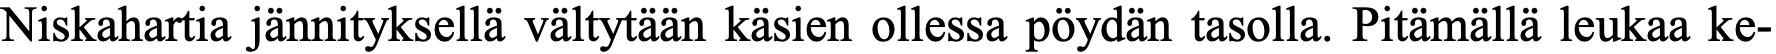
Niskahartia jännityksellä vältytään käsien ollessa pöydän tasolla. Pitämällä leukaa ke-